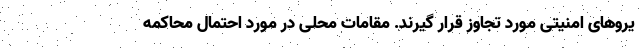
یروهای امنیتی مورد تجاوز قرار گیرند. مقامات محلی در مورد احتمال محاکمه